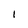
Character: I